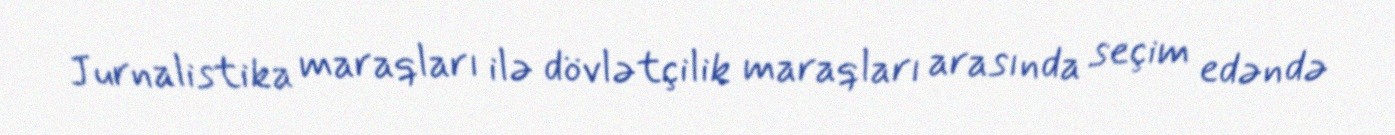
Jurnalistika maraqları ilə dövlətçilik maraqları arasında seçim edəndə